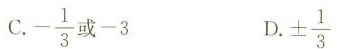
C.- \frac{1}{3}或-3 D. ± \frac{1}{3}